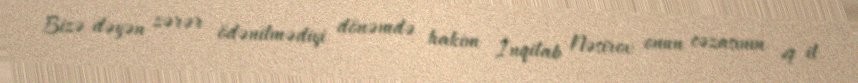
Bizə dəyən zərər ödənilmədiyi dönəmdə hakim İnqilab Nəsirov onun cəzasının 4 il